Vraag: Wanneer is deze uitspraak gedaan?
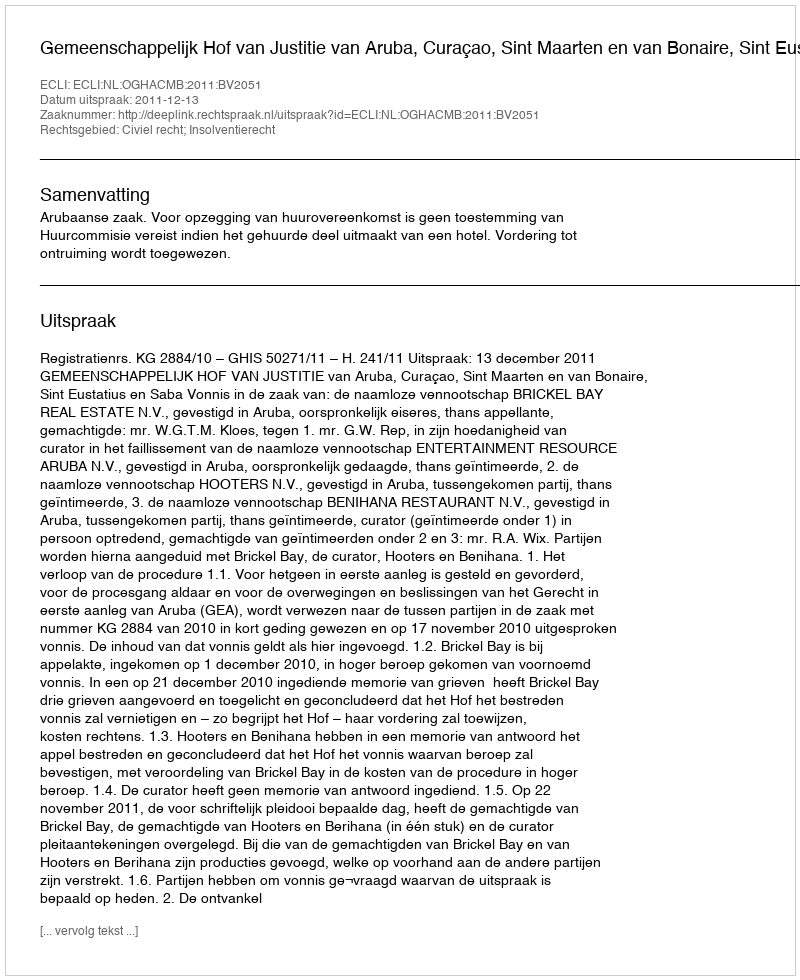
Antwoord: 2011-12-13